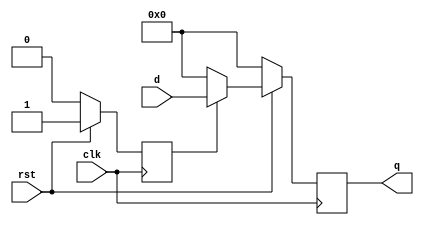
/********************************************************************************
 *                                                                              *
 *                          Yu Core - Single Cycle Version                      *
 *                                                                              *
 *------------------------------------------------------------------------------*
 * Description : This file gives a definition of synchronous register           *
 ********************************************************************************/

module Register 
    #(parameter REGISTER_SIZE = 32)
    (q, clk, rst, d);
    
    // IO
    input clk;
    input rst;

    input      [REGISTER_SIZE - 1 : 0] d;
    output reg [REGISTER_SIZE - 1 : 0] q;

    reg lastRst;
    initial lastRst = 1;

    // Synchronous reset logic, reset signal is effective at low level
    always @ ( posedge clk ) begin
        if (!rst)
        begin
            q <= 0;
            lastRst <= 0;
        end
        else if (!lastRst)    // Let the register hold the reset value for one more cycle
        begin
            q <= 0;
            lastRst <= 1;
        end
        else
            q <= d;
    end

endmodule